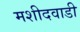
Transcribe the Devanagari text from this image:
मशीदवाडी